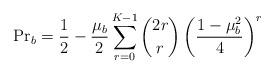
LaTeX: \begin{align*} {\Pr}_b = \frac{1}{2} - \frac{\mu_b}{2} \sum_{r = 0}^{K - 1} \binom{2 r}{r} \left(\frac{1 - \mu_b^2}{4}\right)^r\end{align*}